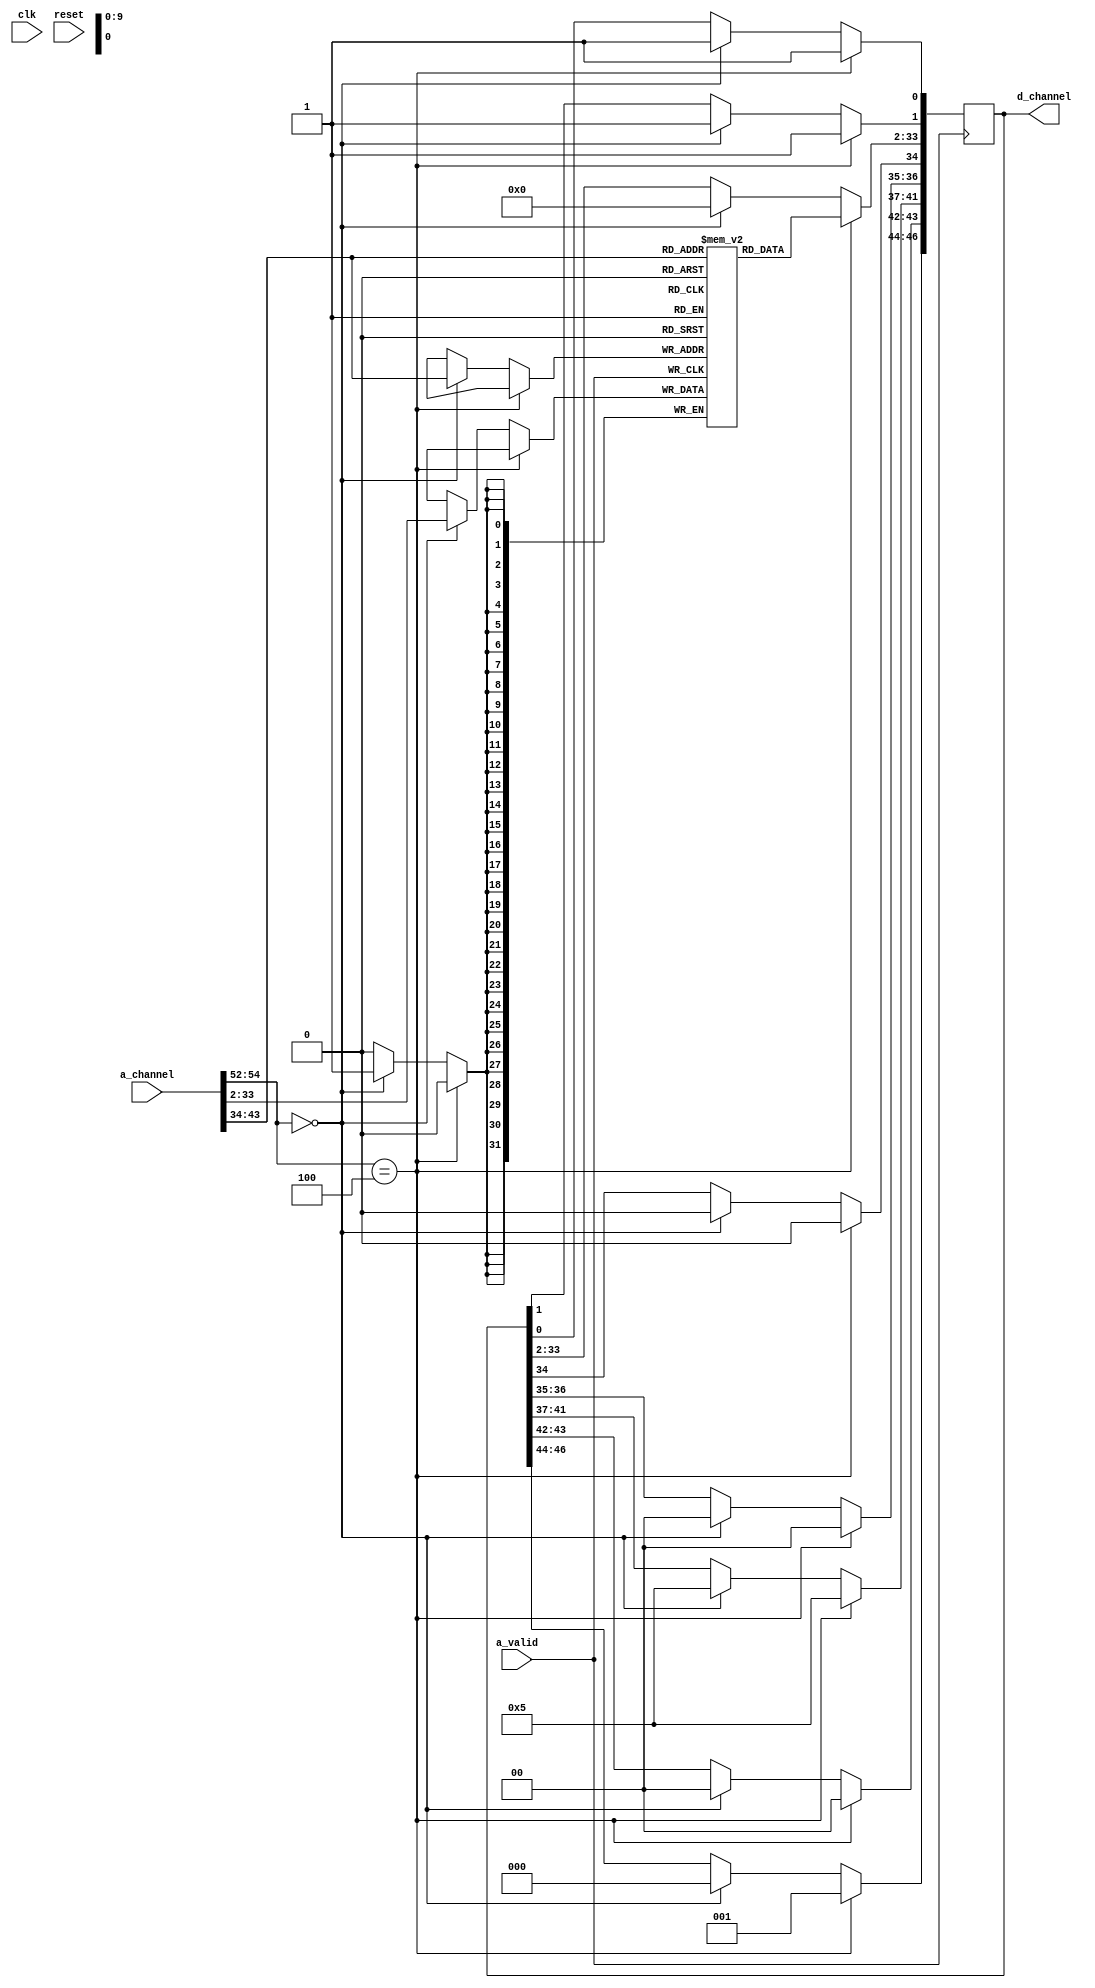
module slave(clk,reset,a_channel,d_channel,a_valid);

parameter a_channel_size = 55;
parameter d_channel_size = 47;

input a_valid;
input clk;
input reset;
input[a_channel_size-1:0] a_channel;
output[d_channel_size-1:0] d_channel;

reg[d_channel_size-1:0] d_channel;
reg[2:0] temp;
reg[31:0] memory[1023:0];

//a_channel[54:0]
//a_opcode[54:52] //a_param[51:49] //a_size[48:46] //a_source[45:44] //a_address[43:34] //a_data[33:2] //a_valid[1] //a_ready[0]

//d_channel [46:0]
//d_opcode[46:44] //d_param[43:42] //d_size[41:37] //d_source[36:35] //d_error[34] //d_data[33:2] //d_valid[1] //d_ready[0]

always @(posedge a_valid)
		begin
		//$display("ehf");
		temp = {$random}%6;
		#(temp*5);
			if(a_channel[54:52]==4)
				begin
					d_channel[46:44] <=  1;                       //d_opcode
					d_channel[43:42] <=	0;					 //d_param
					d_channel[41:37] <=	5;					//d_size
					d_channel[36:35] <=  0;                  //d_source
					d_channel[34] <=  0;						//d_error   //can randomize
					d_channel[33:2] <= memory[(a_channel[43:34])]; 						//d_data
					d_channel[1] <= 	1;						//d_valid
					d_channel[0] <= 1;							//d_ready
				end
			else if(a_channel[54:52]==0)
				begin
					//$display("%b",a_channel);
					//$display("%d",);
					d_channel[46:44] <=	0;					//d_opcode
					d_channel[43:42] <=	0;					//d_param
					d_channel[41:37] <=	5;					//d_size
					d_channel[36:35] <= 0;						//d_source
					d_channel[34] <=	0;						//d_error    //can randomize
					memory[(a_channel[43:34])]	<= a_channel[33:2] ;  						//d_data
					d_channel[33:2] <= 0;    //no use as operation is store;  
					d_channel[1] <=	1;						//d_valid
					d_channel[0] <=	1;						//d_ready
				end
			end
		
endmodule